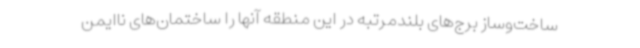
ساخت‌وساز برج‌های بلندمرتبه در این منطقه آنها را ساختمان‌های ناایمن